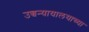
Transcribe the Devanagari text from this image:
उच्चन्यायालयाच्या